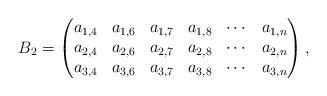
LaTeX: \begin{align*} B_2=\begin{pmatrix}a_{1,4} & a_{1,6} & a_{1,7} & a_{1,8} & \cdots & a_{1,n}\\ a_{2,4} & a_{2,6} & a_{2,7} & a_{2,8} & \cdots & a_{2,n}\\ a_{3,4} & a_{3,6} & a_{3,7} & a_{3,8} & \cdots & a_{3,n}\end{pmatrix},\end{align*}